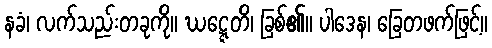
နခံ၊ လက်သည်းတခုကို။ ဃဋ္ဋေတိ၊ ခြစ်၏။ ပါဒေန၊ ခြေတဖက်ဖြင့်။